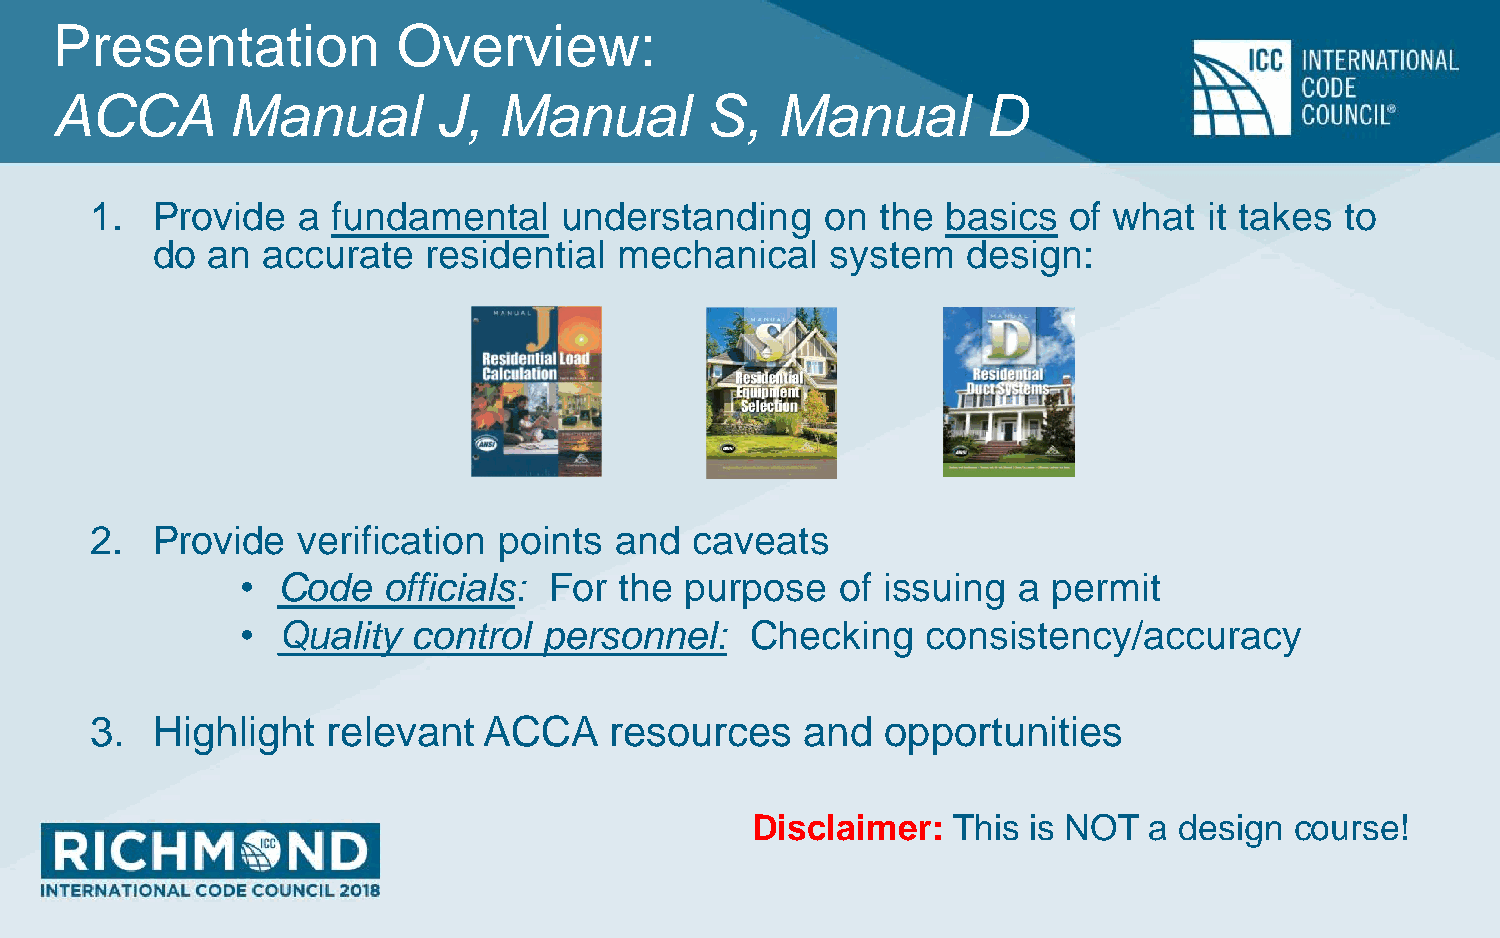
Presentation           Overview:
 ACCA        Manual        J,  Manual        S,  Manual        D
 1.  Provide   a fundamental    understanding     on the  basics  of what  it takes to
 do  an accurate   residential  mechanical    system   design:
 2.  Provide   verification points  and  caveats
 • Code   officials: For  the purpose    of issuing a  permit
 • Quality  control  personnel:    Checking   consistency/accuracy
 3.  Highlight   relevant  ACCA    resources    and   opportunities
 Disclaimer:  This is NOT  a design  course!